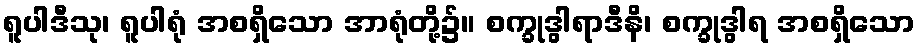
ရူပါဒီသု၊ ရူပါရုံ အစရှိသော အာရုံတို့၌။ စက္ခုဒွါရာဒီနိ၊ စက္ခုဒွါရ အစရှိသော